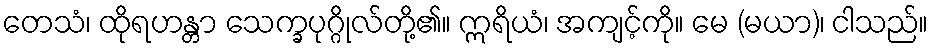
တေသံ၊ ထိုရဟန္တာ သေက္ခပုဂ္ဂိုလ်တို့၏။ ဣရိယံ၊ အကျင့်ကို။ မေ (မယာ)၊ ငါသည်။